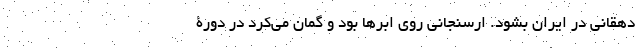
دهقانی در ایران بشود. ارسنجانی روی ابرها بود و گمان می‌کرد در دورۀ